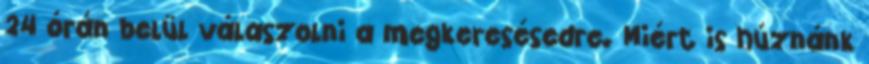
24 órán belül válaszolni a megkeresésedre. Miért is húznánk